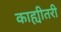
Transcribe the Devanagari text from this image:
काह्यीतरी